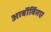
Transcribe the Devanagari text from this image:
आर्बोर्वितए